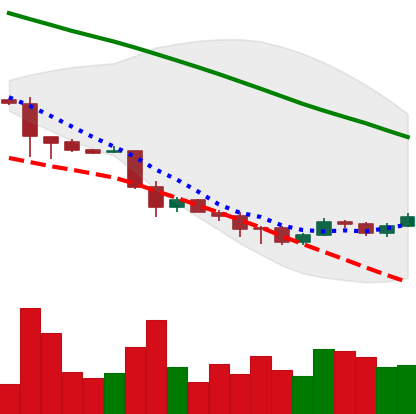
Ticker: ETC-USD
Chart end date: 2018-12-02
Forward return: -25.395%
Label: down_7plus